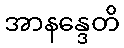
အာနန္ဒေတိ